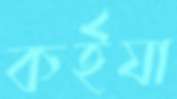
কর্ইযা